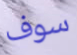
سوف